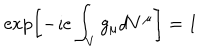
LaTeX: \exp \left[ - \imath e \int _ { V } g _ { \mu } d V ^ { \mu } \right] = 1